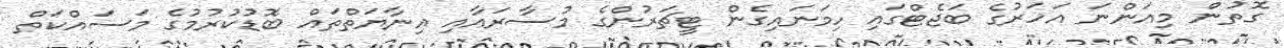
ގޮތުން މިއަންނަ އަހަރުގެ ބަޖެޓްގައި ހިމަނައިގެން ޓީޗަރުންގެ މުސާރައާއި އިނާޔަތްތައް ބޮޑުކުރުމުގެ މަސައްކަތް